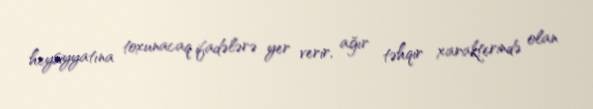
heysiyyatına toxunacaq ifadələrə yer verir, ağır təhqir xarakterində olan